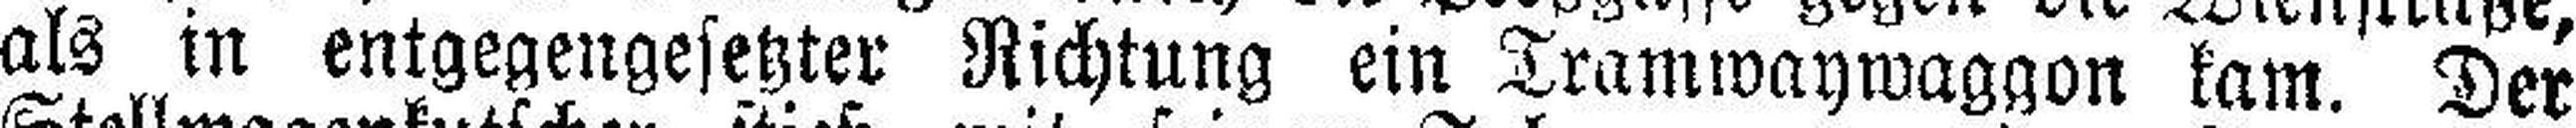
als in entgegengesetzter Richtung ein Tramwaywaggon kam. Der